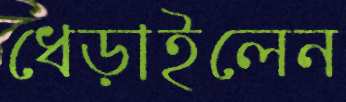
ধেড়াইলেন